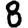
Digit: 8